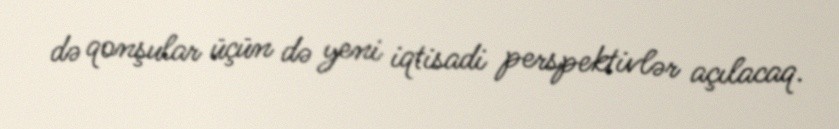
də qonşular üçün də yeni iqtisadi perspektivlər açılacaq.